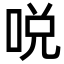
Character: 哾